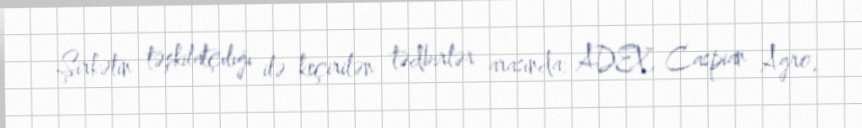
Şirkətin təşkilatçılığı ilə keçirilən tədbirlər arasında: ADEX, Caspian Agro,